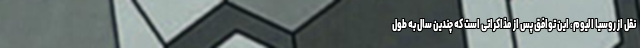
نقل از روسیا الیوم، این توافق پس از مذاکراتی است که چندین سال به طول